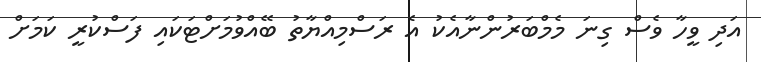
އަދި ވީހާ ވެސް ގިނަ މެމްބަރުންނާއެކު އެ ރަސްމިއްޔާތު ބޭއްވުމަށްޓަކައި ފަސްކުރީ ކަމަށް